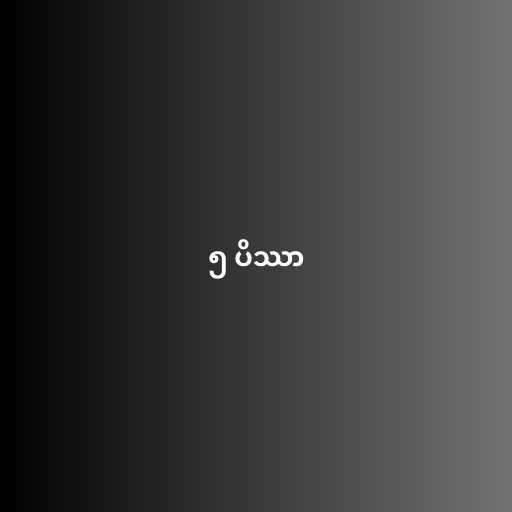
၅ ပိဿာ